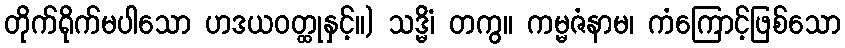
တိုက်ရိုက်မပါသော ဟဒယဝတ္ထုနှင့်။) သဒ္မိံ၊ တကွ။ ကမ္မဇံနာမ၊ ကံကြောင့်ဖြစ်သော